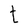
Character: t